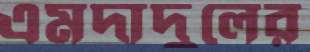
এমদাদুলের